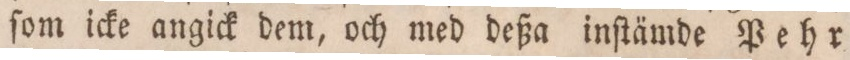
ſom icke angick dem, och med deßa inſtämde Pehr